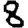
Digit: 8